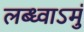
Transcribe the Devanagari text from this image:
लब्ध्वाऽमुं